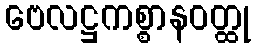
ဗေလဋ္ဌကစ္စာနဝတ္ထု